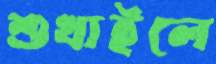
শুখাইলে